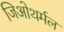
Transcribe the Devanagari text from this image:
जिओथर्मल